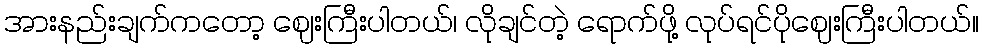
အားနည်းချက်ကတော့ ဈေးကြီးပါတယ်၊ လိုချင်တဲ့ ရောက်ဖို့ လုပ်ရင်ပိုဈေးကြီးပါတယ်။